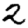
Digit: 2